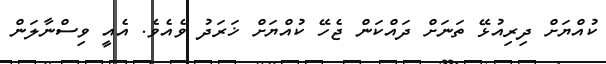
ކުއްޔަށް ދިރިއުޅޭ ތަނަށް ދައްކަން ޖެހޭ ކުއްޔަށް ޚަރަދު ވެއެވެ. އެއީ ވިސްނާލަން